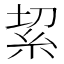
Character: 𥿚